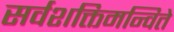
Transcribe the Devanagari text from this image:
सर्वशक्तिमन्विते